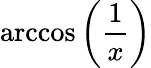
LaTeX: \operatorname{arccos}\left({\frac{1}{x}}\right)